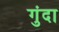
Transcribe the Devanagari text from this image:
गुंदा